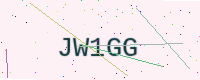
Text: JW1GG